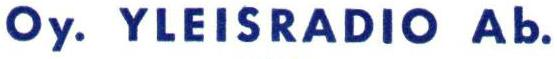
Oy. YLEISRADIO Ab.